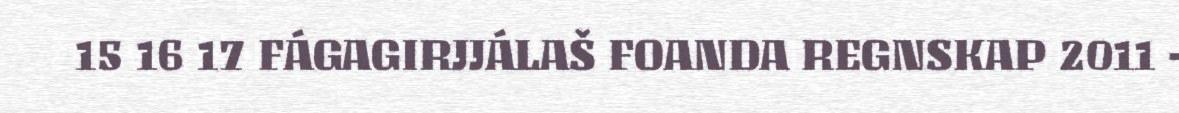
15 16 17 FÁGAGIRJJÁLAŠ FOANDA REGNSKAP 2011 -